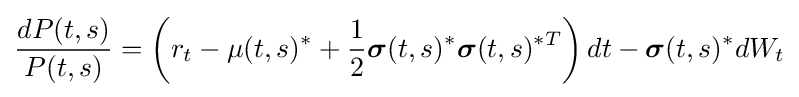
{\frac {dP(t,s)}{P(t,s)}}=\left(r_{t}-\mu (t,s)^{*}+{\frac {1}{2}}{\boldsymbol {\sigma }}(t,s)^{*}{\boldsymbol {\sigma }}(t,s)^{*T}\right)dt-{\boldsymbol {\sigma }}(t,s)^{*}dW_{t}